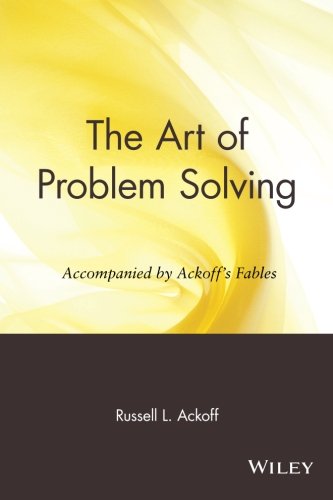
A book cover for The Art of Problem Solving: Accompanied by Ackoff's Fables; Russell L. Ackoff; Business & Money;